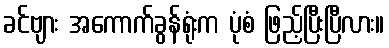
ခင်ဗျား အကောက်ခွန်ရုံးက ပုံစံ ဖြည့်ပြီးပြီလား။